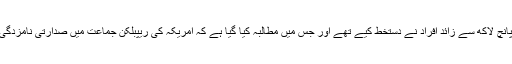
برطانوی قانون ساز اس ماہ ایک درخواست پر بحث کریں گے جس پر پانچ لاکھ سے زائد افراد نے دستخط کیے تھے اور جس میں مطالبہ کیا گیا ہے کہ امریکہ کی ریپبلکن جماعت میں صدارتی نامزدگی کے امیدوار ڈونلڈ ٹرمپ کے برطانیہ داخلے پر پابندی عائد کی جائے۔